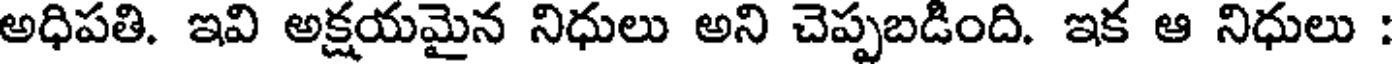
అధిపతి. ఇవి అక్షయమైన నిధులు అని చెప్పబడింది. ఇక ఆ నిధులు :